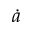
\dot { a }